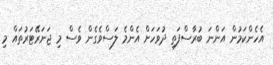
އެހެންކަމުން އަންނަ ބުރާސްފަތި ދުވަހަށް އެންމެ ލަސްވެގެން ވެސް މި ޖަނަރޭޓަރުތައް މި